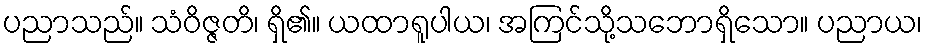
ပညာသည်။ သံဝိဇ္ဇတိ၊ ရှိ၏။ ယထာရူပါယ၊ အကြင်သို့သဘောရှိသော။ ပညာယ၊